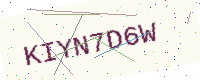
Text: KIYN7D6W